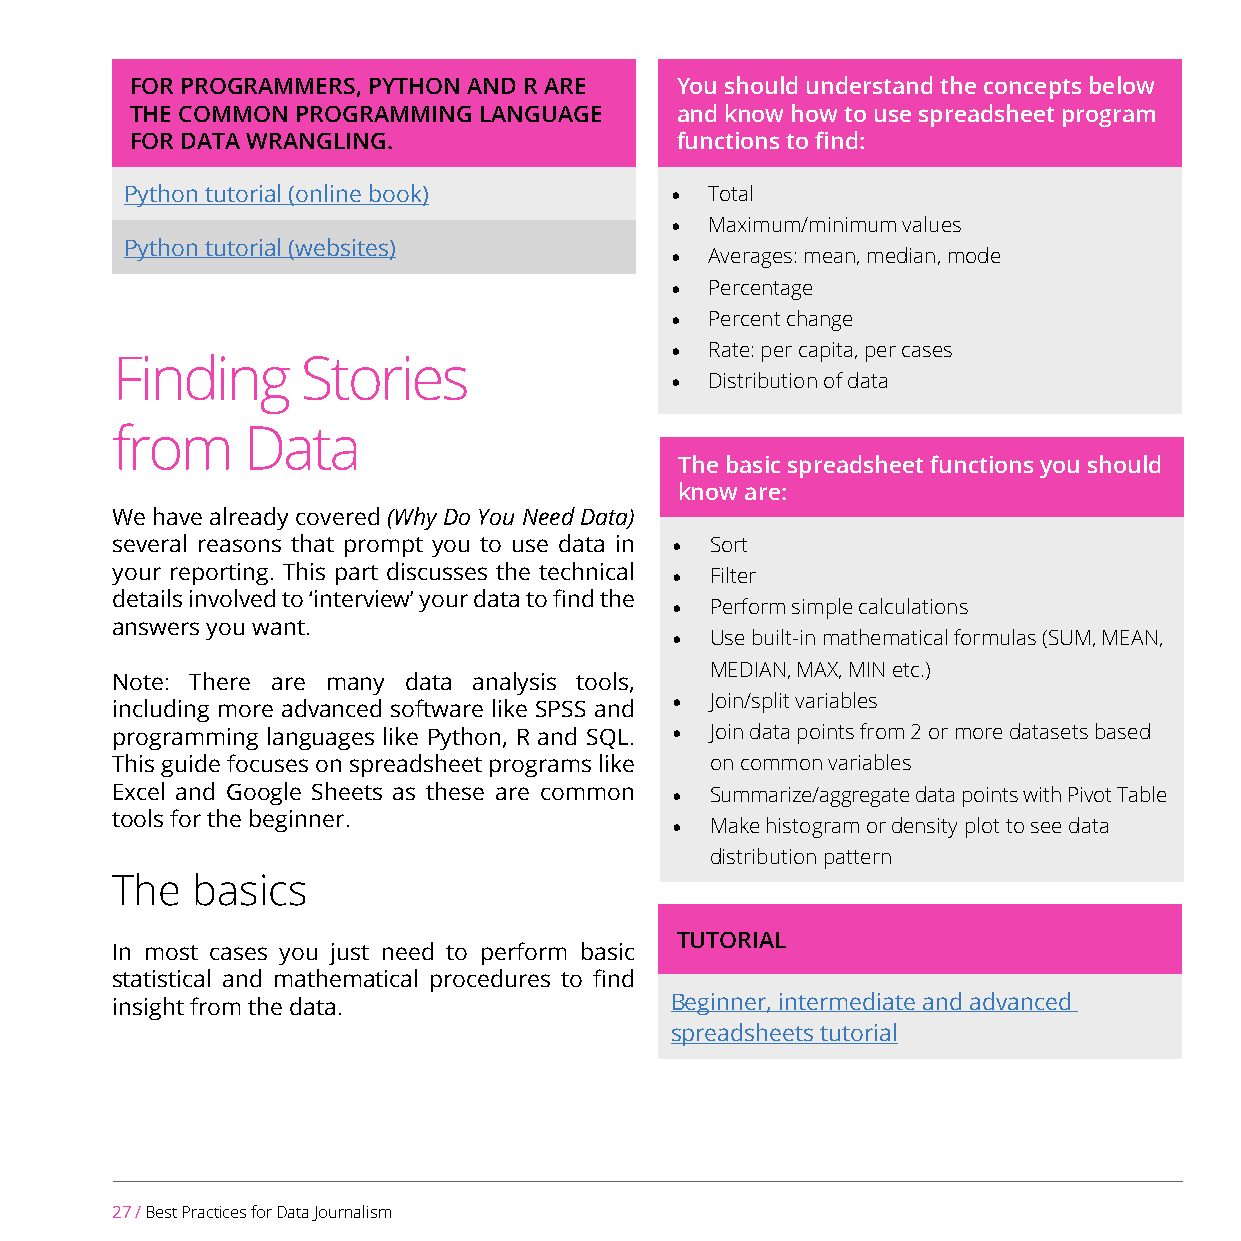
FOR PROGRAMMERS, PYTHON AND R ARE   You should understand the concepts below
 THE COMMON PROGRAMMING LANGUAGE     and know how to use spreadsheet program
 FOR DATA WRANGLING.                 functions to find:
 Python tutorial (online book)       •  Total
 •  Maximum/minimum values
 Python tutorial (websites)
 •  Averages: mean, median, mode
 •  Percentage
 •  Percent change
 •  Rate: per capita, per cases
 Finding      Stories
 •  Distribution of data
 from     Data
 The basic spreadsheet functions you should
 know are:
 We have already covered (Why Do You Need Data)
 several reasons that prompt you to use data in • Sort
 your reporting. This part discusses the technical • Filter
 details involved to ‘interview’ your data to find the
 •  Perform simple calculations
 answers you want.
 •  Use built-in mathematical formulas (SUM, MEAN,
 MEDIAN, MAX, MIN etc.)
 Note: There are many data analysis tools,
 •  Join/split variables
 including more advanced software like SPSS and
 programming languages like Python, R and SQL. • Join data points from 2 or more datasets based
 This guide focuses on spreadsheet programs like on common variables
 Excel and Google Sheets as these are common • Summarize/aggregate data points with Pivot Table
 tools for the beginner.
 •  Make histogram or density plot to see data
 distribution pattern
 The   basics
 TUTORIAL
 In most cases you just need to perform basic
 statistical and mathematical procedures to find
 insight from the data.               Beginner, intermediate and advanced
 spreadsheets tutorial
 27 / Best Practices for Data Journalism